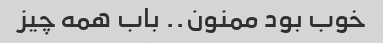
خوب بود ممنون.. باب همه چیز